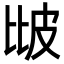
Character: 𤿎